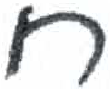
אות: ח